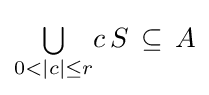
{\textstyle \bigcup \limits _{0<|c|\leq r}}c\,S\,\subseteq \,A